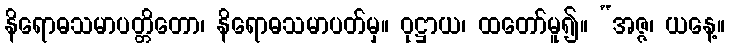
နိရောဓသမာပတ္တိတော၊ နိရောဓသမာပတ်မှ။ ဝုဋ္ဌာယ၊ ထတော်မူ၍။ “အဇ္ဇ၊ ယနေ့။